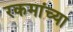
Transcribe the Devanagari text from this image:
रकमांच्या